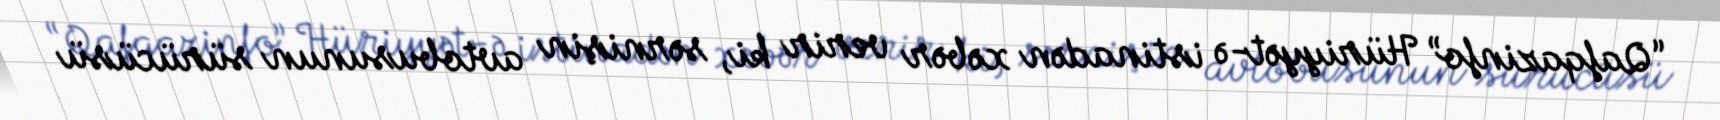
“Qafqazinfo” Hüriyyət-ə istinadən xəbər verir ki, sərnişin avtobusunun sürücüsü